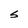
Character: S